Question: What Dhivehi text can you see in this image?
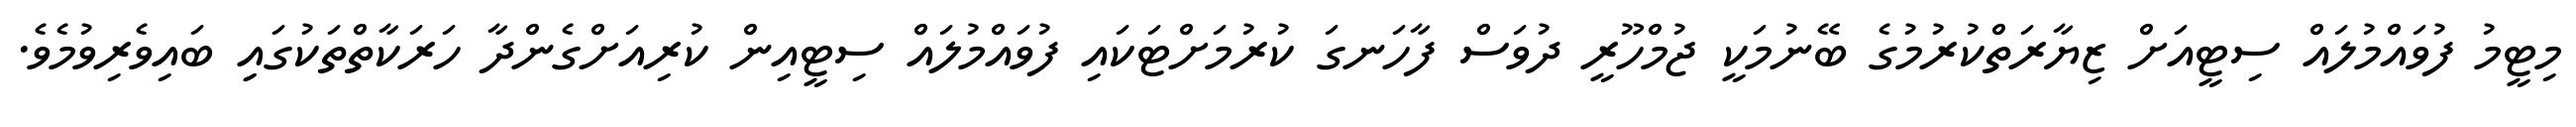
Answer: މިޓީމު ފުވައްމުލައް ސިޓީއަށް ޒިޔާރަތްކުރުމުގެ ބޭނުމަކީ ޖުމްހޫރީ ދުވަސް ފާހަނގަ ކުރުމަށްޓަކައި ފުވައްމުލައް ސިޓީއިން ކުރިއަށްގެންދާ ހަރަކާތްތަކުގައިި ބައިވެރިވުމެވެ.